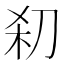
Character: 𰄪